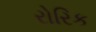
રોરિક